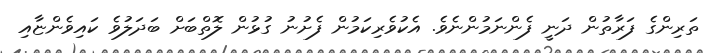
ތަރިންގެ ފަރާތުން ދަނީ ފެންނަމުންނެވެ. އެކުވެރިކަމުން ފެށުނު ގުޅުން ލޮތްބަށް ބަދަލުވެ ކައިވެންޏާއި